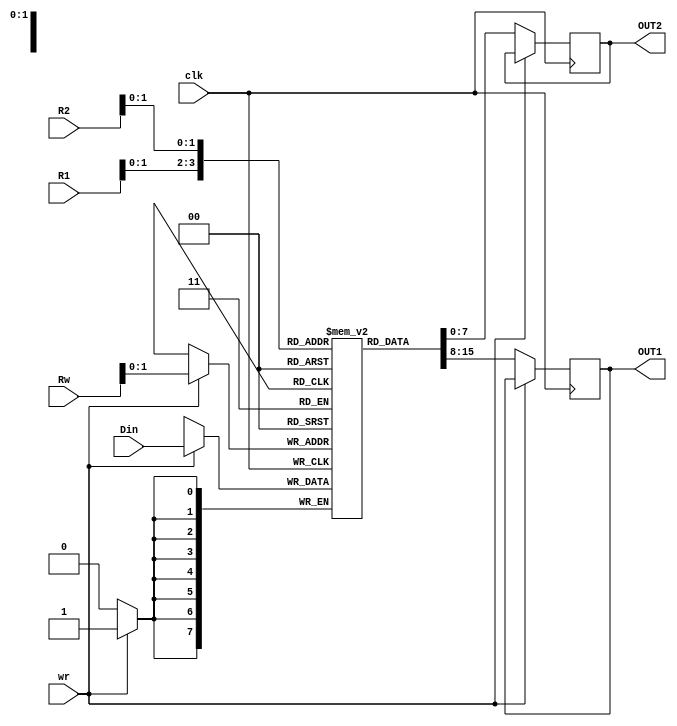
module Register_FIle_8x4(
input clk,wr,
input [3:0] R1,R2,Rw,
input [7:0] Din,
output [7:0] OUT1,OUT2
    );
reg [7:0] Registers [3:0]; // 8bit x 4regs
reg [7:0] OUT1,OUT2; // 8bit x 2outputs

always@(posedge clk)begin
	if(wr)//write
		Registers[Rw] <= Din;
	else //read
		begin
		OUT1 <= Registers[R1];
		OUT2 <= Registers[R2];
		end
end
endmodule